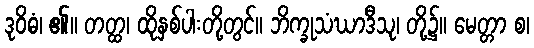
ဒုဝိဓံ၊ ၏။ တတ္ထ၊ ထိုနှစ်ပါးတို့တွင်။ ဘိက္ခုသံဃာဒီသု၊ တို့၌။ မေတ္တာ စ၊